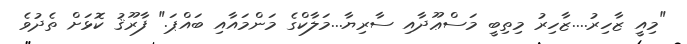
"މިއީ ޒާހިރު....ޒާހިރު މިތިބީ މަސްޢޫދާއި ސާރިޔާ...މަލާކްގެ މަންމައާއި ބައްޕަ." ފާރޫޤު ކޮޅަށް ތެދުވެ